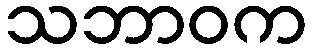
သဘာဝက